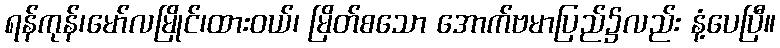
ရန်ကုန်၊မော်လမြိုင်၊ထားဝယ်၊ မြိတ်စသော အောက်ဗမာပြည်၌လည်း နံ့ပေပြီ။